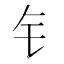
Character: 钅